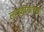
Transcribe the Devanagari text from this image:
लापशीसारखा